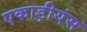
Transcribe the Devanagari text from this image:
एकाड़ीयंस